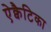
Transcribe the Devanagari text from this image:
ऐक्वैटिका